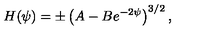
H ( \psi ) = \pm \left( A - B e ^ { - 2 \psi } \right) ^ { 3 / 2 } ,